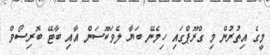
މީގެ އިތުރުން މި ގްރޫޕްގައި ހިމެނޭ ބަޔާ ލެވަކޫސަން އާއި ބާޓޭ ބޮރިސޯވް